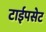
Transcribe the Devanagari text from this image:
टाईपसेट